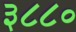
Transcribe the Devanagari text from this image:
३८८०